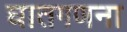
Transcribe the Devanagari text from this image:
घातगणना